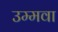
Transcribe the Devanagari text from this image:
उम्मवा